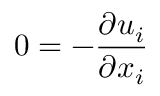
0 = - \frac { \partial { { u } _ { i } } } { \partial { { x } _ { i } } }